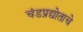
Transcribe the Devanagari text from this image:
चंडप्रद्योताचे